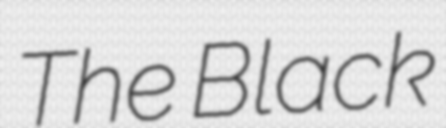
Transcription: The Black